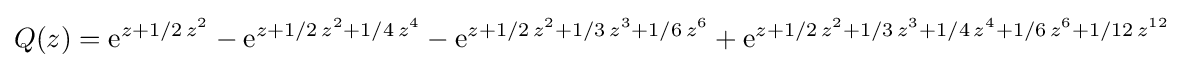
Q(z)={\rm {e}}^{z+1/2\,z^{2}}-{\rm {e}}^{z+1/2\,z^{2}+1/4\,z^{4}}-{\rm {e}}^{z+1/2\,z^{2}+1/3\,{z}^{3}+1/6\,z^{6}}+{\rm {e}}^{z+1/2\,z^{2}+1/3\,z^{3}+1/4\,z^{4}+1/6\,z^{6}+1/12\,z^{12}}